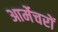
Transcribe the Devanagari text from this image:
आर्मेचरों